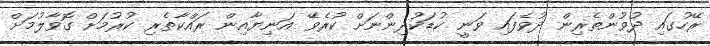
ރޭހުގައި ދުވުންތެރިން ދުވެފައި ވަނީ ކުޑަކުދިންނަށް ކުރެވޭ އަނިޔާއިން ރައްކާތެރި ކުރުމަށް ގޮވާލުމަށް